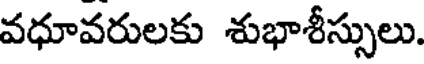
వధూవరులకు శుభాశీస్సులు.